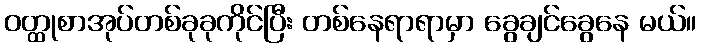
ဝတ္ထုစာအုပ်တစ်ခုခုကိုင်ပြီး တစ်နေရာရာမှာ ခွေချင်ခွေနေ မယ်။